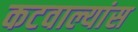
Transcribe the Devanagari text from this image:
कटवाल्यांस